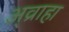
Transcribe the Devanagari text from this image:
अ्व्राहा